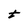
Character: t